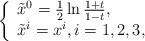
LaTeX: \begin{align*}\left\{ \begin{array}{ll} \tilde{x}^0=\frac{1}{2}\ln\frac{1+t}{1-t},\\\tilde{x}^i=x^i,i=1,2,3, \end{array}\right.\end{align*}